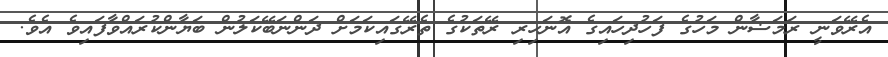
އެރޭވަނީ ރަމަޟާން މަހުގެ ފަހުދިހައިގެ އޮނަހިރި ރޭތަކުގެ ތެރޭގައިކަމަށް ދަންނަބޭކަލުން ބަޔާންކުރައްވާފައިވެ އެވެ.